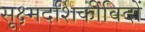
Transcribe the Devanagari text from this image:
सूक्ष्मदर्शिकीविदों